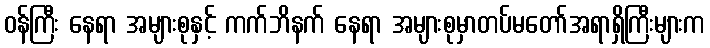
ဝန်ကြီး နေရာ အများစုနှင့် ကက်ဘိနက် နေရာ အများစုမှာတပ်မတော်အရာရှိကြီးများက